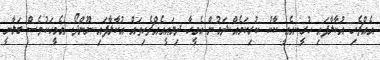
އެއްޗެހި އުކާލާފައި ހުރީ..އެއީ ކާކު ކުރިކަމެއް..ދަމުން އެމީހާ ދިޔައީއެއްޗެހިތައް އުކާލާފައި..ނޫންދޯ. އެމީހަކުވެސް ބަލާނީ